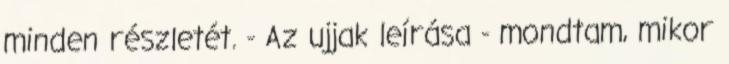
minden részletét. - Az ujjak leírása - mondtam, mikor